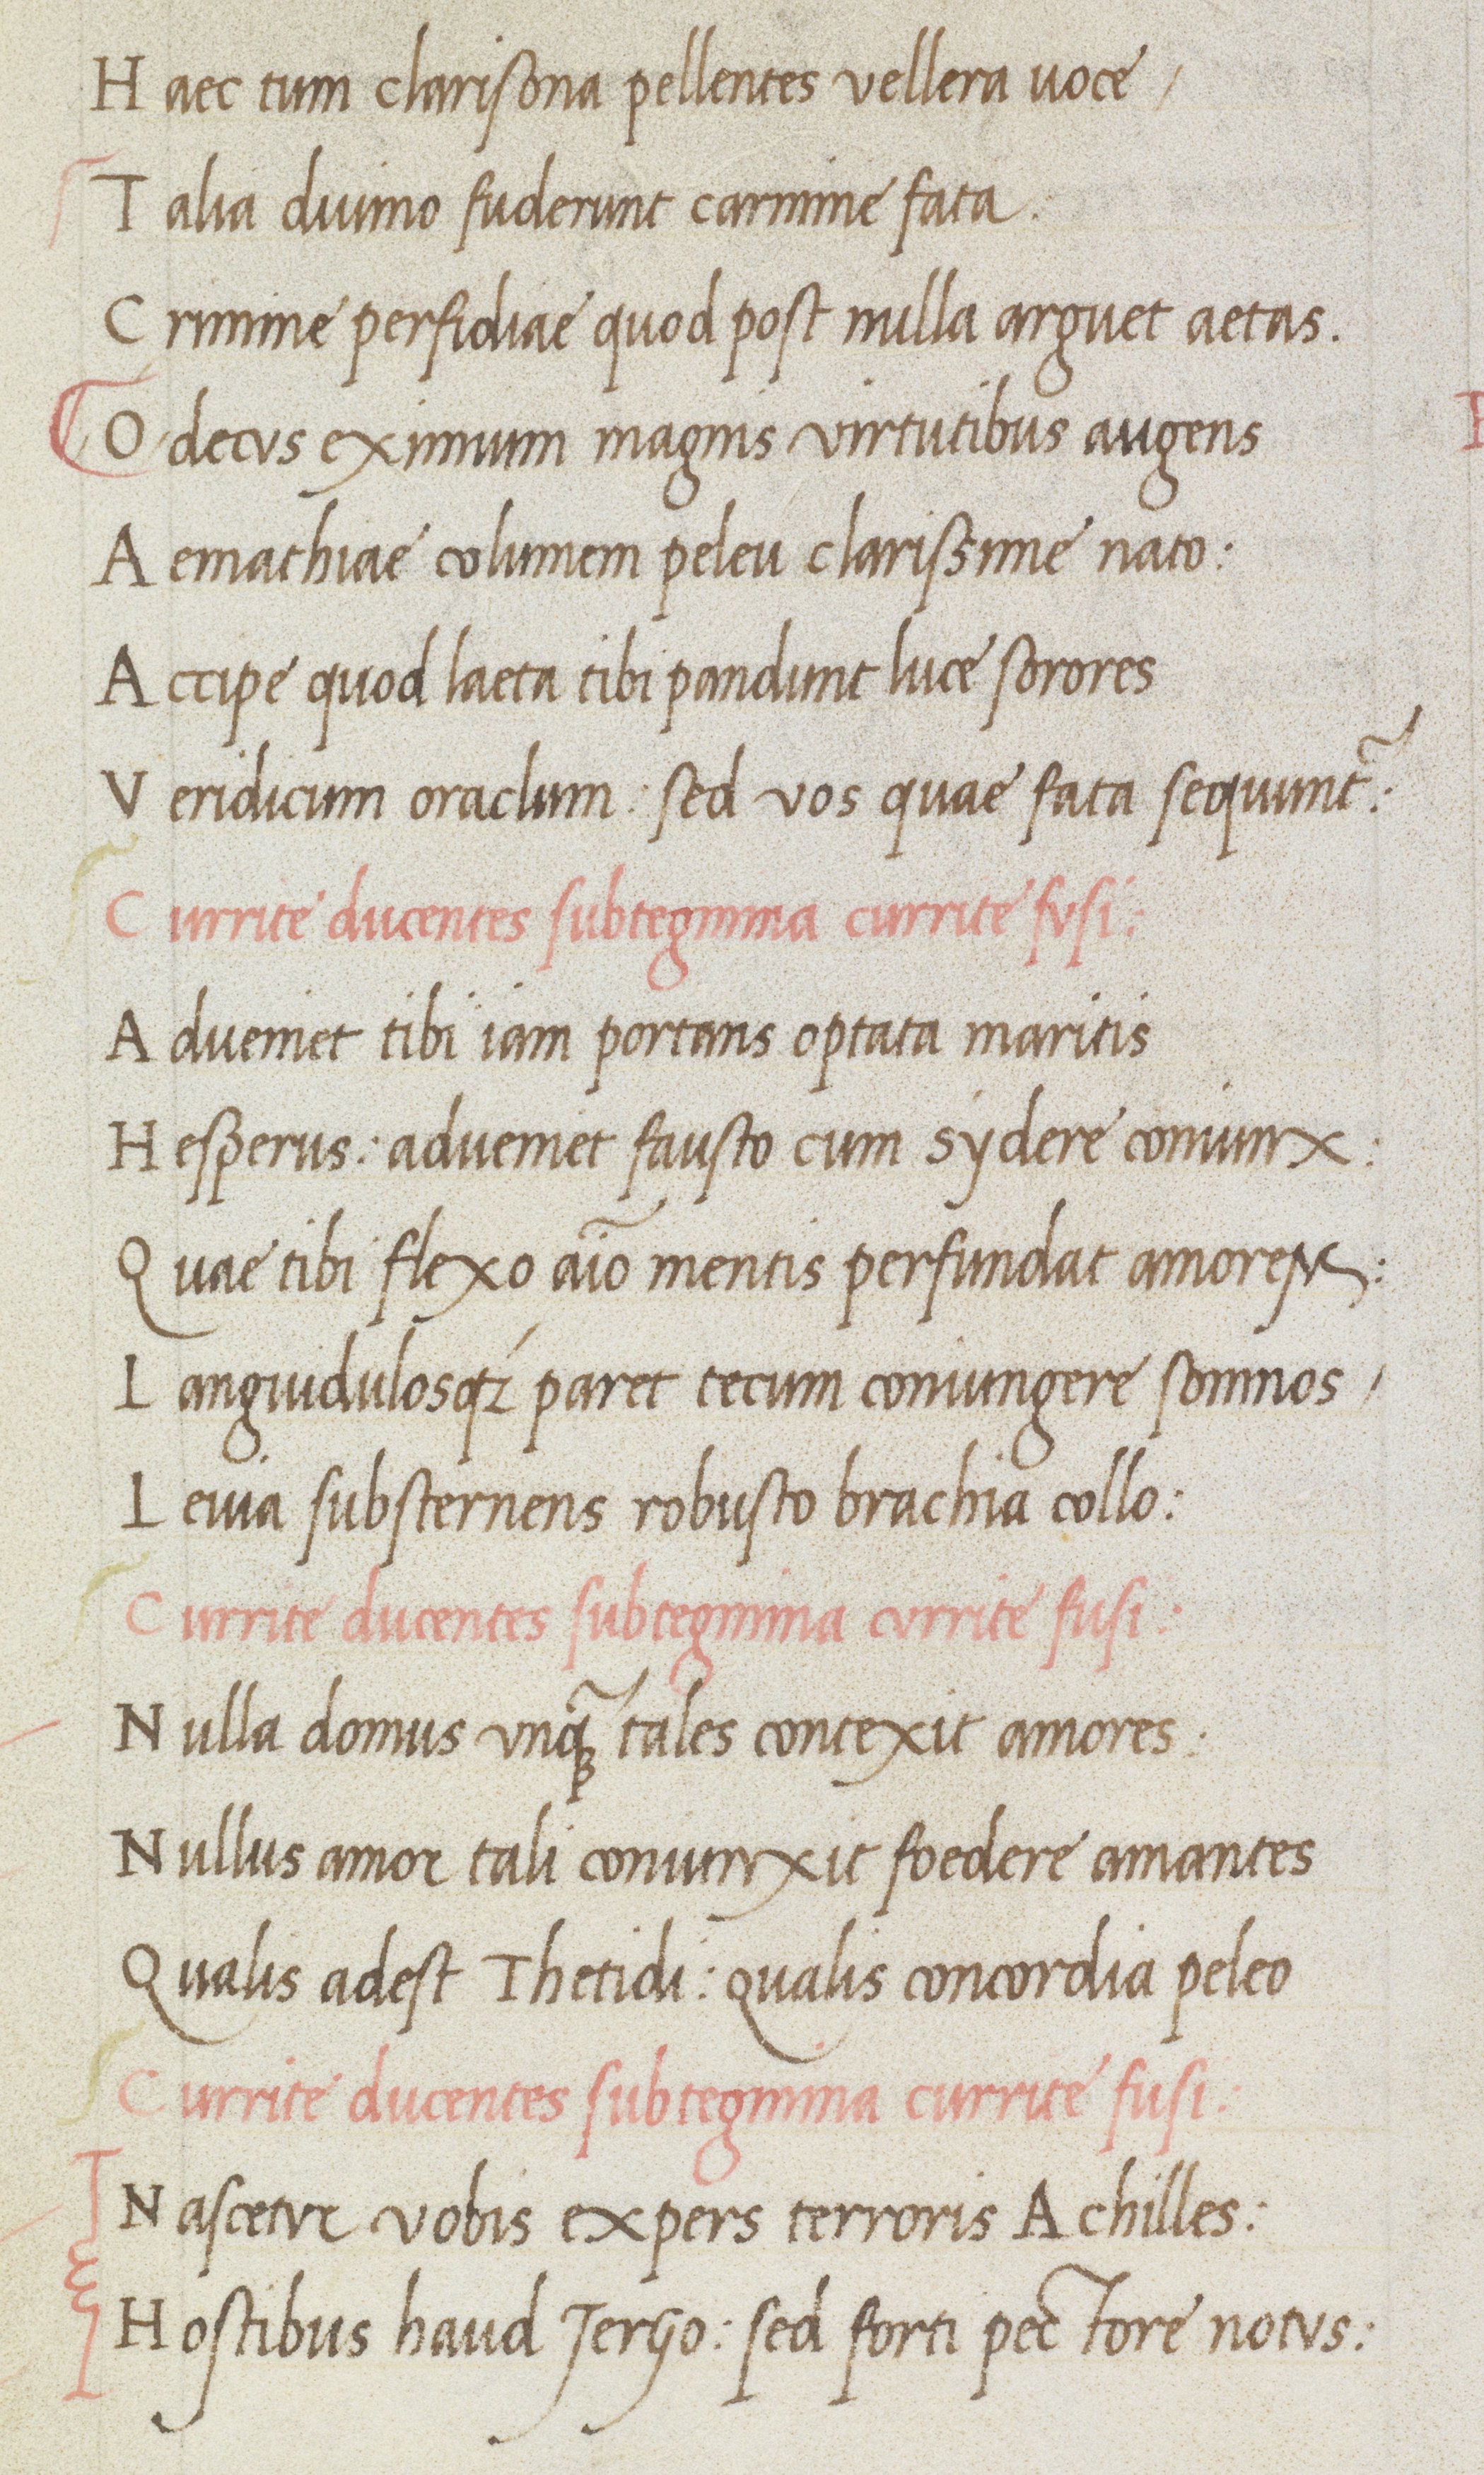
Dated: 1470–1499